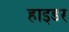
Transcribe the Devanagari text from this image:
हाइडर